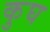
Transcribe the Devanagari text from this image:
कुघ